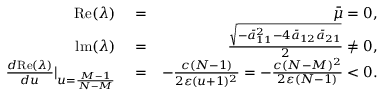
\begin{array} { r l r } { \mathrm { R e } ( \lambda ) } & { { } = } & { \bar { \mu } = 0 , } \\ { \mathrm { l m } ( \lambda ) } & { { } = } & { \frac { \sqrt { - \bar { a } _ { 1 1 } ^ { 2 } - 4 \bar { a } _ { 1 2 } \bar { a } _ { 2 1 } } } { 2 } \neq 0 , } \\ { \frac { d \mathrm { R e } ( \lambda ) } { d u } | _ { u = \frac { M - 1 } { N - M } } } & { { } = } & { - \frac { c ( N - 1 ) } { 2 \varepsilon ( u + 1 ) ^ { 2 } } = - \frac { c ( N - M ) ^ { 2 } } { 2 \varepsilon ( N - 1 ) } < 0 . } \end{array}